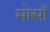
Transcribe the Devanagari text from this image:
मोसाँ